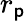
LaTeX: r_{\mathsf{p}}